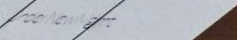
UnderNewMgmt